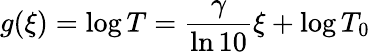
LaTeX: g(\xi)=\log T=\frac{\gamma}{\ln 10}\xi+\log T_{0}